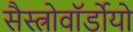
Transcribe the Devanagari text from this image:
सैस्त्रोवॉर्डोयो